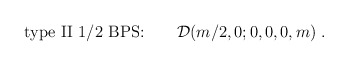
\begin{align*}\mbox{type II 1/2 BPS:} \qquad {\cal D}(m/2, 0; 0,0,0,m)\;.\end{align*}